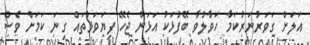
އަލަށް ގަވަރުނަރުކަމާ ހަވާލުވާ ބޭފުޅަކު އަޅަން ޖެހޭ ފިޔަވަޅުތައް ގިނަ ކަމަށް ވެސް